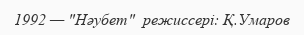
1992 — "Нәубет"  режиссері: Қ.Умаров